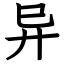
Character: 异